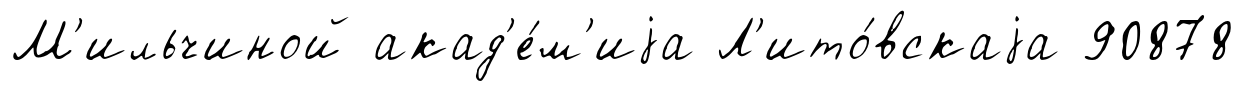
М'ильчиной акад'е́м'иjа Л'ито́вскаjа 90878